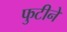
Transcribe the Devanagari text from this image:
फुटीने